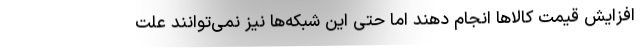
افزایش قیمت کالاها انجام دهند اما حتی این شبکه‌ها نیز نمی‌توانند علت